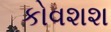
કોવશશ